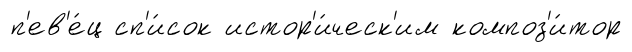
п'ев'е́ц сп'и́сок истор'и́ческ'им композ'и́тор